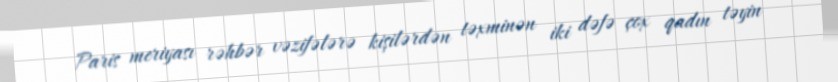
Paris meriyası rəhbər vəzifələrə kişilərdən təxminən iki dəfə çox qadın təyin